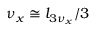
\nu _ { x } \cong l _ { 3 \nu _ { x } } / 3